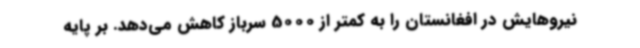
نیروهایش در افغانستان را به کمتر از 5000 سرباز کاهش می‌دهد. بر پایه